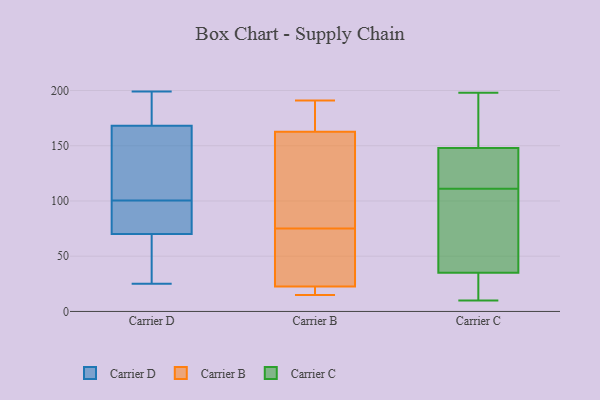
{"axis": {"x": "Demand Index", "y": "Value"}, "legend": ["Carrier B", "Carrier C", "Carrier D"], "data": [{"x": "", "y": 95, "type": "Carrier D"}, {"x": "", "y": 174, "type": "Carrier D"}, {"x": "", "y": 197, "type": "Carrier D"}, {"x": "", "y": 171, "type": "Carrier D"}, {"x": "", "y": 97, "type": "Carrier D"}, {"x": "", "y": 170, "type": "Carrier D"}, {"x": "", "y": 87, "type": "Carrier D"}, {"x": "", "y": 55, "type": "Carrier D"}, {"x": "", "y": 43, "type": "Carrier D"}, {"x": "", "y": 199, "type": "Carrier D"}, {"x": "", "y": 47, "type": "Carrier D"}, {"x": "", "y": 78, "type": "Carrier D"}, {"x": "", "y": 108, "type": "Carrier D"}, {"x": "", "y": 166, "type": "Carrier D"}, {"x": "", "y": 165, "type": "Carrier D"}, {"x": "", "y": 25, "type": "Carrier D"}, {"x": "", "y": 84, "type": "Carrier D"}, {"x": "", "y": 156, "type": "Carrier D"}, {"x": "", "y": 62, "type": "Carrier D"}, {"x": "", "y": 104, "type": "Carrier D"}, {"x": "", "y": 157, "type": "Carrier B"}, {"x": "", "y": 164, "type": "Carrier B"}, {"x": "", "y": 17, "type": "Carrier B"}, {"x": "", "y": 75, "type": "Carrier B"}, {"x": "", "y": 39, "type": "Carrier B"}, {"x": "", "y": 159, "type": "Carrier B"}, {"x": "", "y": 191, "type": "Carrier B"}, {"x": "", "y": 15, "type": "Carrier B"}, {"x": "", "y": 176, "type": "Carrier B"}, {"x": "", "y": 49, "type": "Carrier B"}, {"x": "", "y": 17, "type": "Carrier B"}, {"x": "", "y": 120, "type": "Carrier C"}, {"x": "", "y": 10, "type": "Carrier C"}, {"x": "", "y": 97, "type": "Carrier C"}, {"x": "", "y": 173, "type": "Carrier C"}, {"x": "", "y": 35, "type": "Carrier C"}, {"x": "", "y": 95, "type": "Carrier C"}, {"x": "", "y": 16, "type": "Carrier C"}, {"x": "", "y": 106, "type": "Carrier C"}, {"x": "", "y": 198, "type": "Carrier C"}, {"x": "", "y": 148, "type": "Carrier C"}, {"x": "", "y": 30, "type": "Carrier C"}, {"x": "", "y": 116, "type": "Carrier C"}, {"x": "", "y": 193, "type": "Carrier C"}, {"x": "", "y": 137, "type": "Carrier C"}]}